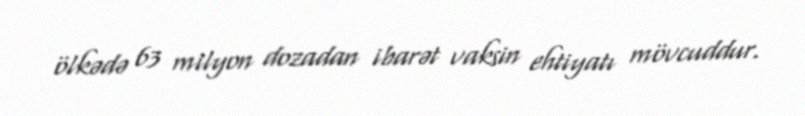
ölkədə 63 milyon dozadan ibarət vaksin ehtiyatı mövcuddur.